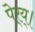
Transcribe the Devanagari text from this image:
पेर्‍य्।